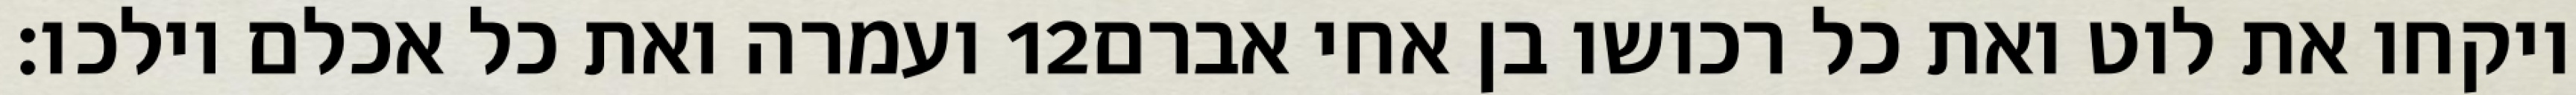
ועמרה ואת כל אכלם וילכו׃ ‎12‏ ויקחו את לוט ואת כל רכושו בן אחי אברם